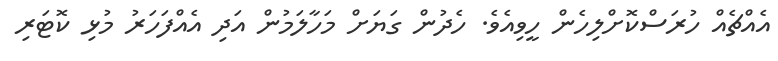
އެއްޗެއް ހުރަސްކޮށްލިހެން ހީވިއެވެ. ހެދުން ގަޔަށް މަހާލަމުން އަދި އެއްފަހަރު މުޅި ކޮޓަރި